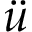
\ddot { u }